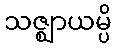
သဇ္ဈာယမ္ပိ